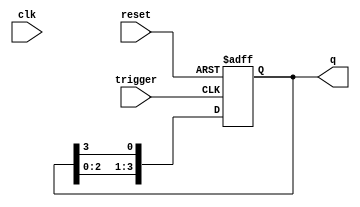
module async_ring_counter (
    input wire clk,          // Clock signal (not used in asynchronous design)
    input wire reset,        // Asynchronous reset signal
    input wire trigger,      // Input trigger to advance the counter
    output reg [n-1:0] q     // Output state of the counter
);
    parameter n = 4;         // Number of flip-flops (change as needed)

    // Initialize the counter state
    always @(posedge trigger or posedge reset) begin
        if (reset) begin
            q <= 1'b1;       // Initialize to 0001 (only first flip-flop set)
        end else begin
            // Shift the '1' to the next flip-flop in a circular manner
            q <= {q[n-2:0], q[n-1]}; // Shift left and wrap around
        end
    end
endmodule